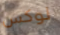
لوكس